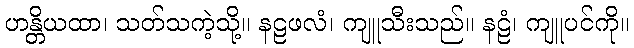
ဟန္တိယထာ၊ သတ်သကဲ့သို့။ နဠဖလံ၊ ကျူသီးသည်။ နဠံ၊ ကျူပင်ကို။